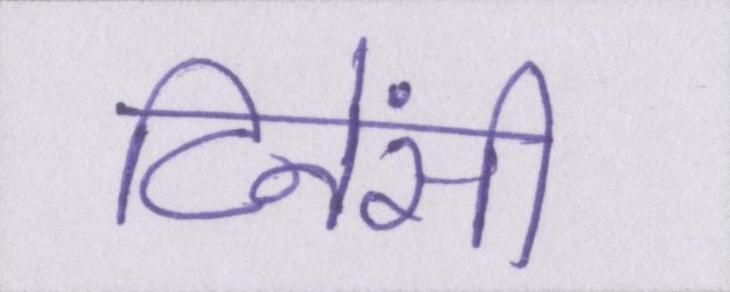
टिनेंसी